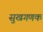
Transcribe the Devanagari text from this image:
सुखगणक